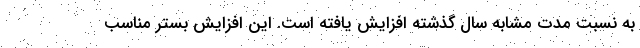
به نسبت مدت مشابه سال گذشته افزایش یافته است. این افزایش بستر مناسب